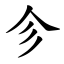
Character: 㐱